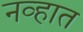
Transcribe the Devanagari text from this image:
नव्हात